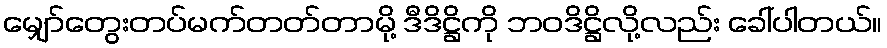
မျှော်တွေးတပ်မက်တတ်တာမို့ ဒီဒိဋ္ဌိကို ဘဝဒိဋ္ဌိလို့လည်း ခေါ်ပါတယ်။